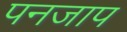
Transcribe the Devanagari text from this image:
पनजाप